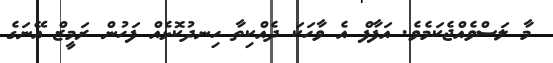
މާ ލަސްވެއްޖެކަމެވެ. އަފާފް އެ ވާހަކަ ދެއްކިތާ ހިނދުކޮޅެއް ފަހުން ރަމީޒް އޭނަގެ